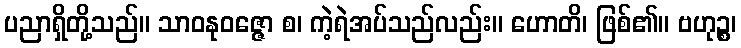
ပညာရှိတို့သည်။ သာဝနုဝဇ္ဇော စ၊ ကဲ့ရဲအပ်သည်လည်း။ ဟောတိ၊ ဖြစ်၏။ ဗဟုဉ္စ၊